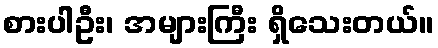
စားပါဦး၊ အများကြီး ရှိသေးတယ်။